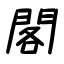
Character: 閣